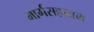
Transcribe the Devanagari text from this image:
मार्गसहायम